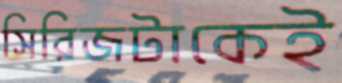
সিরিজটাকেই